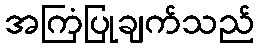
အကြံပြုချက်သည်